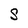
Character: S